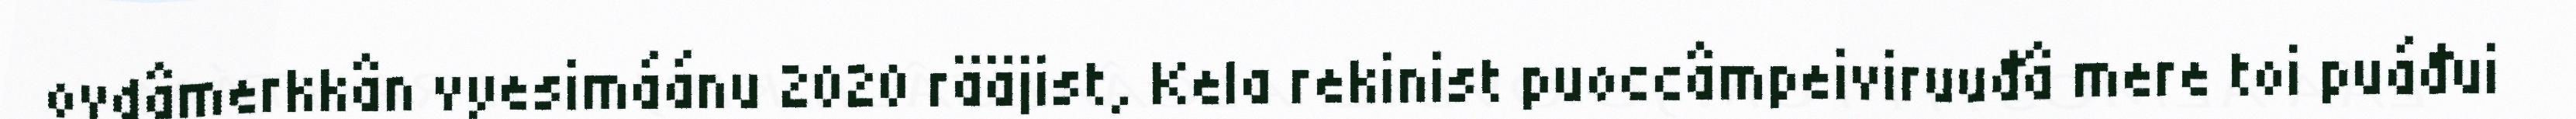
ovdâmerkkân vyesimáánu 2020 rääjist, Kela rekinist puoccâmpeiviruuđâ mere toi puáđui